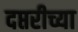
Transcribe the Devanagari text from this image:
दप्तरीच्या